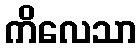
ကိလေသာ